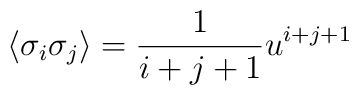
\langle \sigma_i \sigma_j \rangle = \frac{1}{i+j+1} u^{i+j+1}